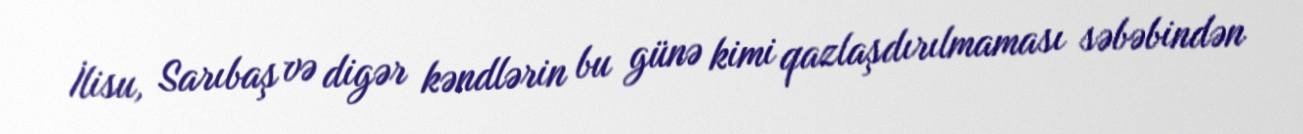
İlisu, Sarıbaş və digər kəndlərin bu günə kimi qazlaşdırılmaması səbəbindən